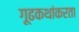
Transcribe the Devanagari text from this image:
गूढकथांकरता